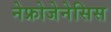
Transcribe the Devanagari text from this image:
नेफ्रोजेनेसिस